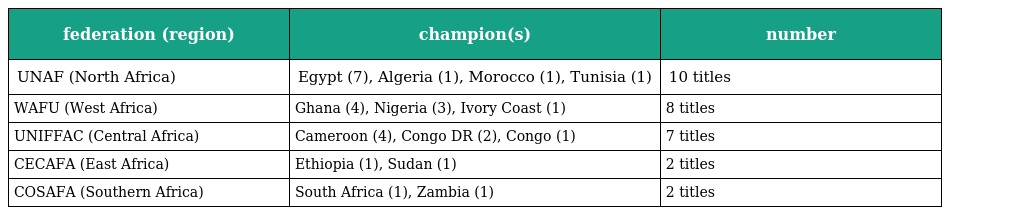
| federation (region) | champion(s) | number |
 | --- | --- | --- |
 | UNAF (North Africa) | Egypt (7), Algeria (1), Morocco (1), Tunisia (1) | 10 titles |
 | WAFU (West Africa) | Ghana (4), Nigeria (3), Ivory Coast (1) | 8 titles |
 | UNIFFAC (Central Africa) | Cameroon (4), Congo DR (2), Congo (1) | 7 titles |
 | CECAFA (East Africa) | Ethiopia (1), Sudan (1) | 2 titles |
 | COSAFA (Southern Africa) | South Africa (1), Zambia (1) | 2 titles |